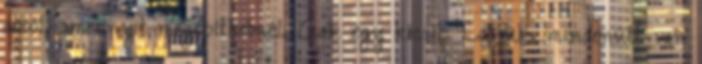
abból, amennyit megépíthetnél. Csak egy kicsit. Látjuk, mindenütt van